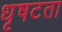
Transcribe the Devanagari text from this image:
धृषटता